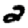
Digit: 2